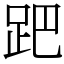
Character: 跁